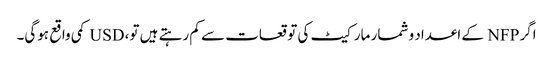
اگر NFP کے اعداد و شمار مارکیٹ کی توقعات سے کم رہتے ہیں تو، USD کمی واقع ہوگی۔